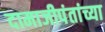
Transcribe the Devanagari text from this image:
दामाजीपंतांच्या